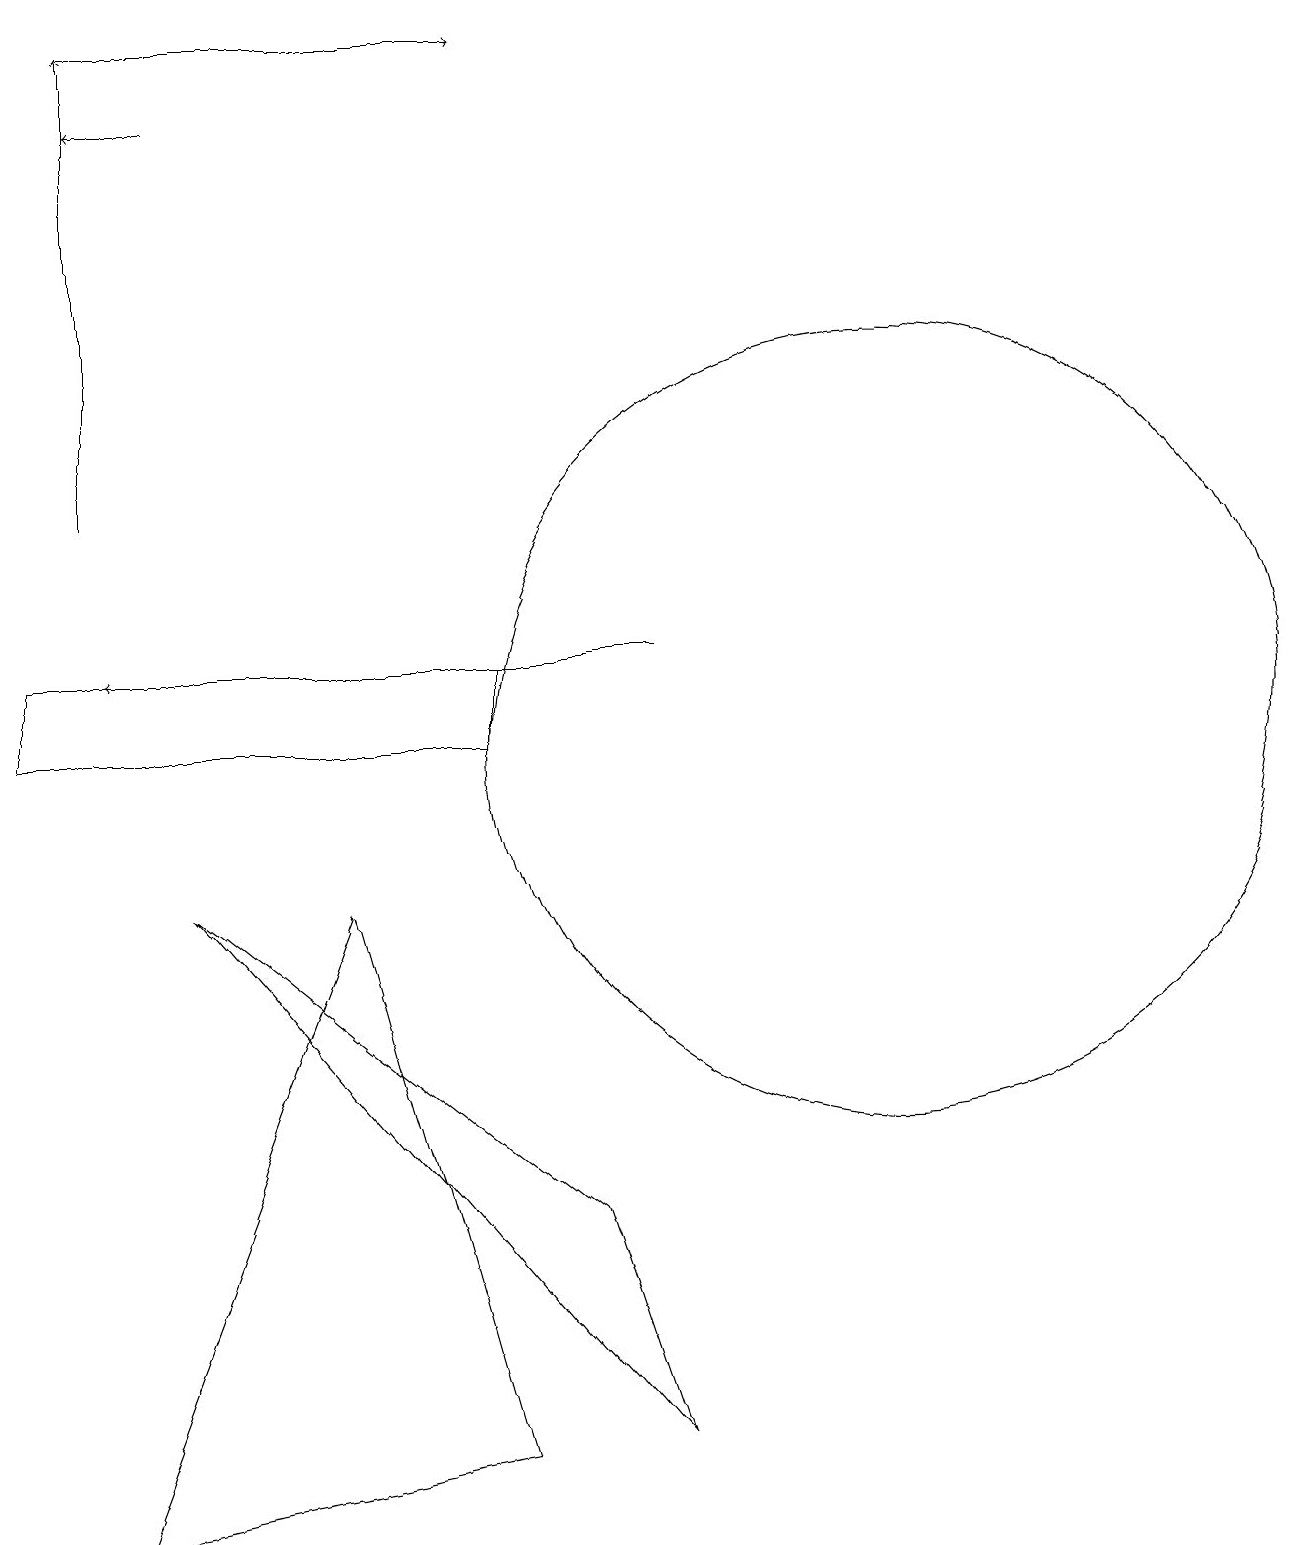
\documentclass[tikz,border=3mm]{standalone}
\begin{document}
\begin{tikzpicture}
\draw (12,10) circle (5);
\draw[->] (2,19) -- (7,19);
\draw[->] (2,13) -- (2,19);
\draw (5,8) -- (7,1) -- (2,0) -- cycle;
\draw[->] (9,11) -- (2,11);
\draw[->] (3,18) -- (2,18);
\draw (8,4) -- (9,1) -- (3,8) -- cycle;
\draw (7,10) rectangle (1,11);
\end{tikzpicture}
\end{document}